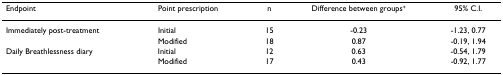
<table><thead><tr><td><b>Endpoint</b></td><td><b>Point prescription</b></td><td><b>n</b></td><td><b>Difference between groups<sup>+</sup></b></td><td><b>95% C.I.</b></td></tr></thead><tbody><tr><td>Immediately post-treatment</td><td>Initial</td><td>15</td><td>-0.23</td><td>-1.23, 0.77</td></tr><tr><td></td><td>Modified</td><td>18</td><td>0.87</td><td>-0.19, 1.94</td></tr><tr><td>Daily Breathlessness diary</td><td>Initial</td><td>12</td><td>0.63</td><td>-0.54, 1.79</td></tr><tr><td></td><td>Modified</td><td>17</td><td>0.43</td><td>-0.92, 1.77</td></tr></tbody></table>